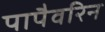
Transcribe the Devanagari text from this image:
पापैवरिन